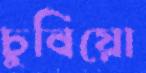
চুবিয়ো